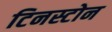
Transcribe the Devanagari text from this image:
टिनस्टोन